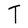
Character: T